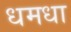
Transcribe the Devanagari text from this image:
धमधा